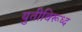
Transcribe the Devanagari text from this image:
युतीविरूध्द